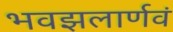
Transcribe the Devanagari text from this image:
भवझलार्णवं